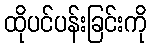
ထိုပင်ပန်းခြင်းကို